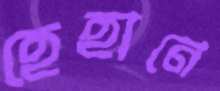
হেহানে